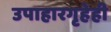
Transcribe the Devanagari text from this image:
उपाहारगृहेही